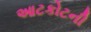
આટકોટની